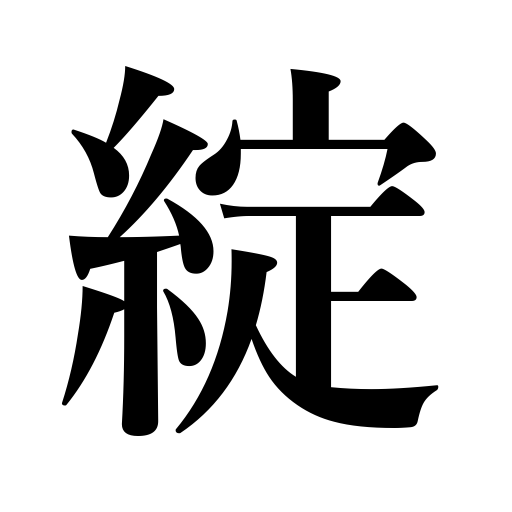
Meanings: be ripped,begin to open,smile,run,be rent,unravel